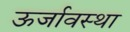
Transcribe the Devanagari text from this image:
ऊर्जावस्था